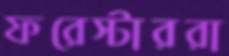
ফরেস্টাররা